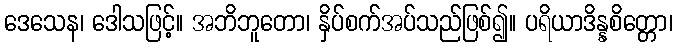
ဒေသေန၊ ဒေါသဖြင့်။ အဘိဘူတော၊ နှိပ်စက်အပ်သည်ဖြစ်၍။ ပရိယာဒိန္နစိတ္တော၊